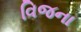
વિજના